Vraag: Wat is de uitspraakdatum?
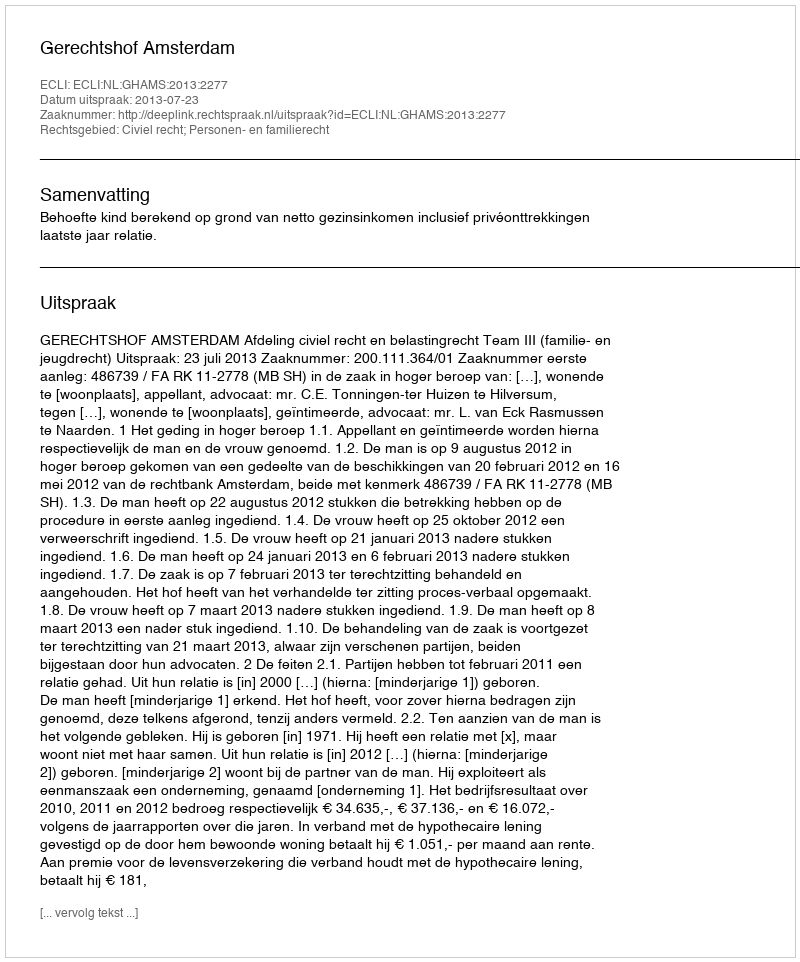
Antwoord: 2013-07-23